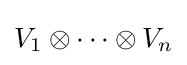
V_{1}\otimes \dots \otimes V_{n}